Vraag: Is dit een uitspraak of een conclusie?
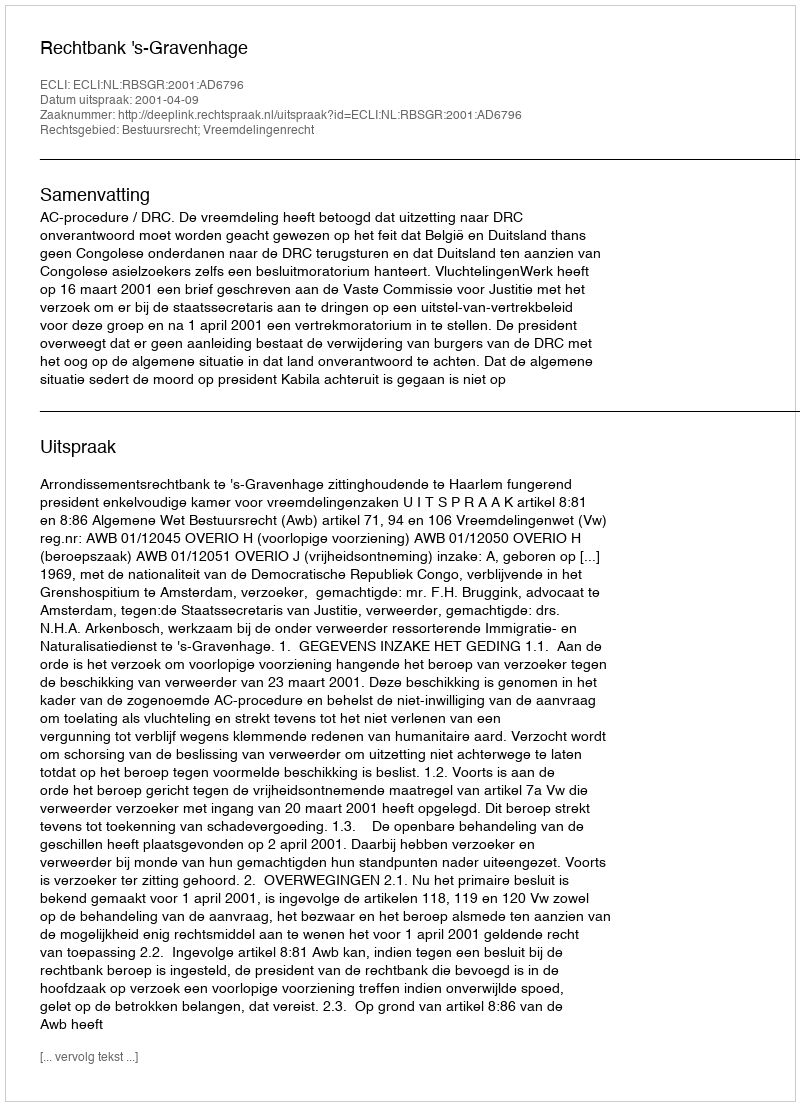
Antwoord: Uitspraak